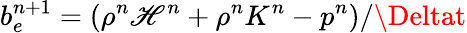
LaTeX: b_{e}^{n+1}=(\rho^{n}\mathscr{H}^{n}+\rho^{n}K^{n}-p^{n})/\Deltat